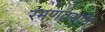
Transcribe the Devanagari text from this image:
रमणवसतिं